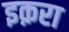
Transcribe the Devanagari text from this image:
इक़रा